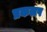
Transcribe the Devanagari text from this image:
प्रकलप